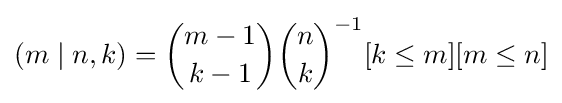
(m\mid n,k)={\binom {m-1}{k-1}}{\binom {n}{k}}^{-1}[k\leq m][m\leq n]